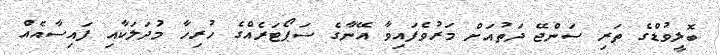
ބޮލީވުޑްގެ ތަރި ސަންޖޭ ދަތުއަށް މަރުވެފައިވާ އޭނާގެ ސަޕޯޓަރެއްގެ ހުރިހާ މުަދަލަކާއި ފައިސާއެއް